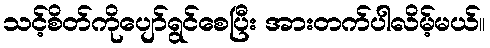
သင့်စိတ်ကိုပျော်ရွင်စေပြီး အားတက်ပါလိမ့်မယ်။